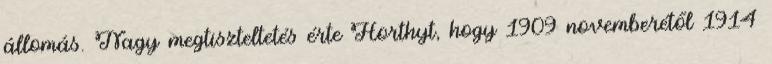
állomás. Nagy megtiszteltetés érte Horthyt, hogy 1909 novemberétől 1914